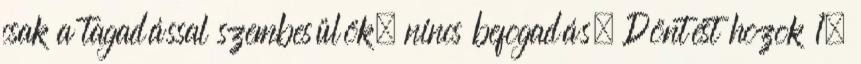
csak a tagadással szembesülök, nincs befogadás. Döntést hozok 1,